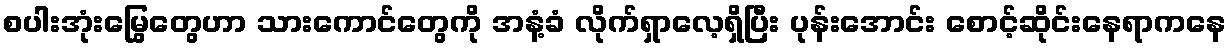
စပါးအုံးမြွေတွေဟာ သားကောင်တွေကို အနံ့ခံ လိုက်ရှာလေ့ရှိပြီး ပုန်းအောင်း စောင့်ဆိုင်းနေရာကနေ